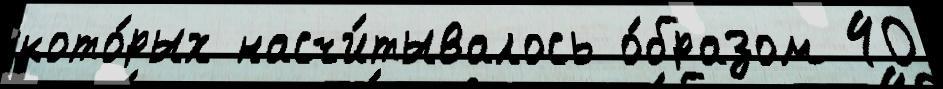
кото́рых насчи́тывалось о́бразом 40